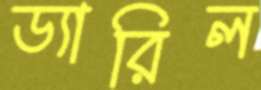
ড্যারিল